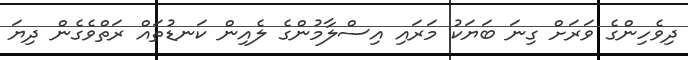
ދިވެހިންގެ ވަރަށް ގިނަ ބަޔަކު މަރައި އިސްލާމުންގެ ލެއިން ކަނޑުތައް ރަތްވެގެން ދިޔަ